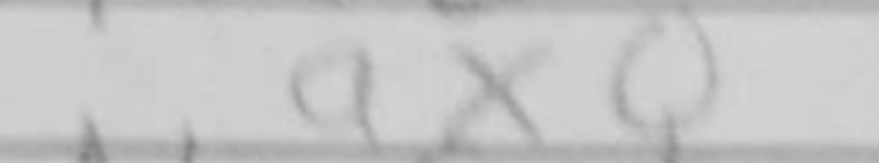
Transcription: axQ